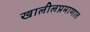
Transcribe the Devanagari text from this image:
खालीलप्रमाणात